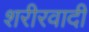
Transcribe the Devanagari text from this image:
शरीरवादी